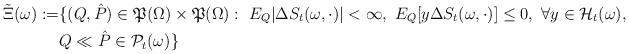
LaTeX: \begin{align*}\tilde\Xi(\omega):=&\{(Q,\hat P)\in\mathfrak{P}(\Omega)\times\mathfrak{P}(\Omega):\ E_Q|\Delta S_t(\omega,\cdot)|<\infty,\ E_Q[y\Delta S_t(\omega,\cdot)]\leq 0,\ \forall y\in\mathcal{H}_t(\omega),\\&Q\ll \hat P\in\mathcal{P}_t(\omega)\}\end{align*}